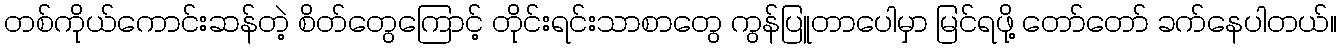
တစ်ကိုယ်ကောင်းဆန်တဲ့ စိတ်တွေကြောင့် တိုင်းရင်းသာစာတွေ ကွန်ပြူတာပေါမှာ မြင်ရဖို့ တော်တော် ခက်နေပါတယ်။